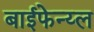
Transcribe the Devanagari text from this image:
बाईफेन्य्ल